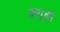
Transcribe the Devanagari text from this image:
क़्यूबो